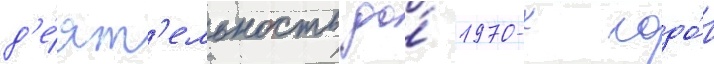
д'е́ят'ельность до́ 1970-х годо́в